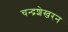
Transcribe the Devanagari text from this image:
चन्‍द्रशेखरन